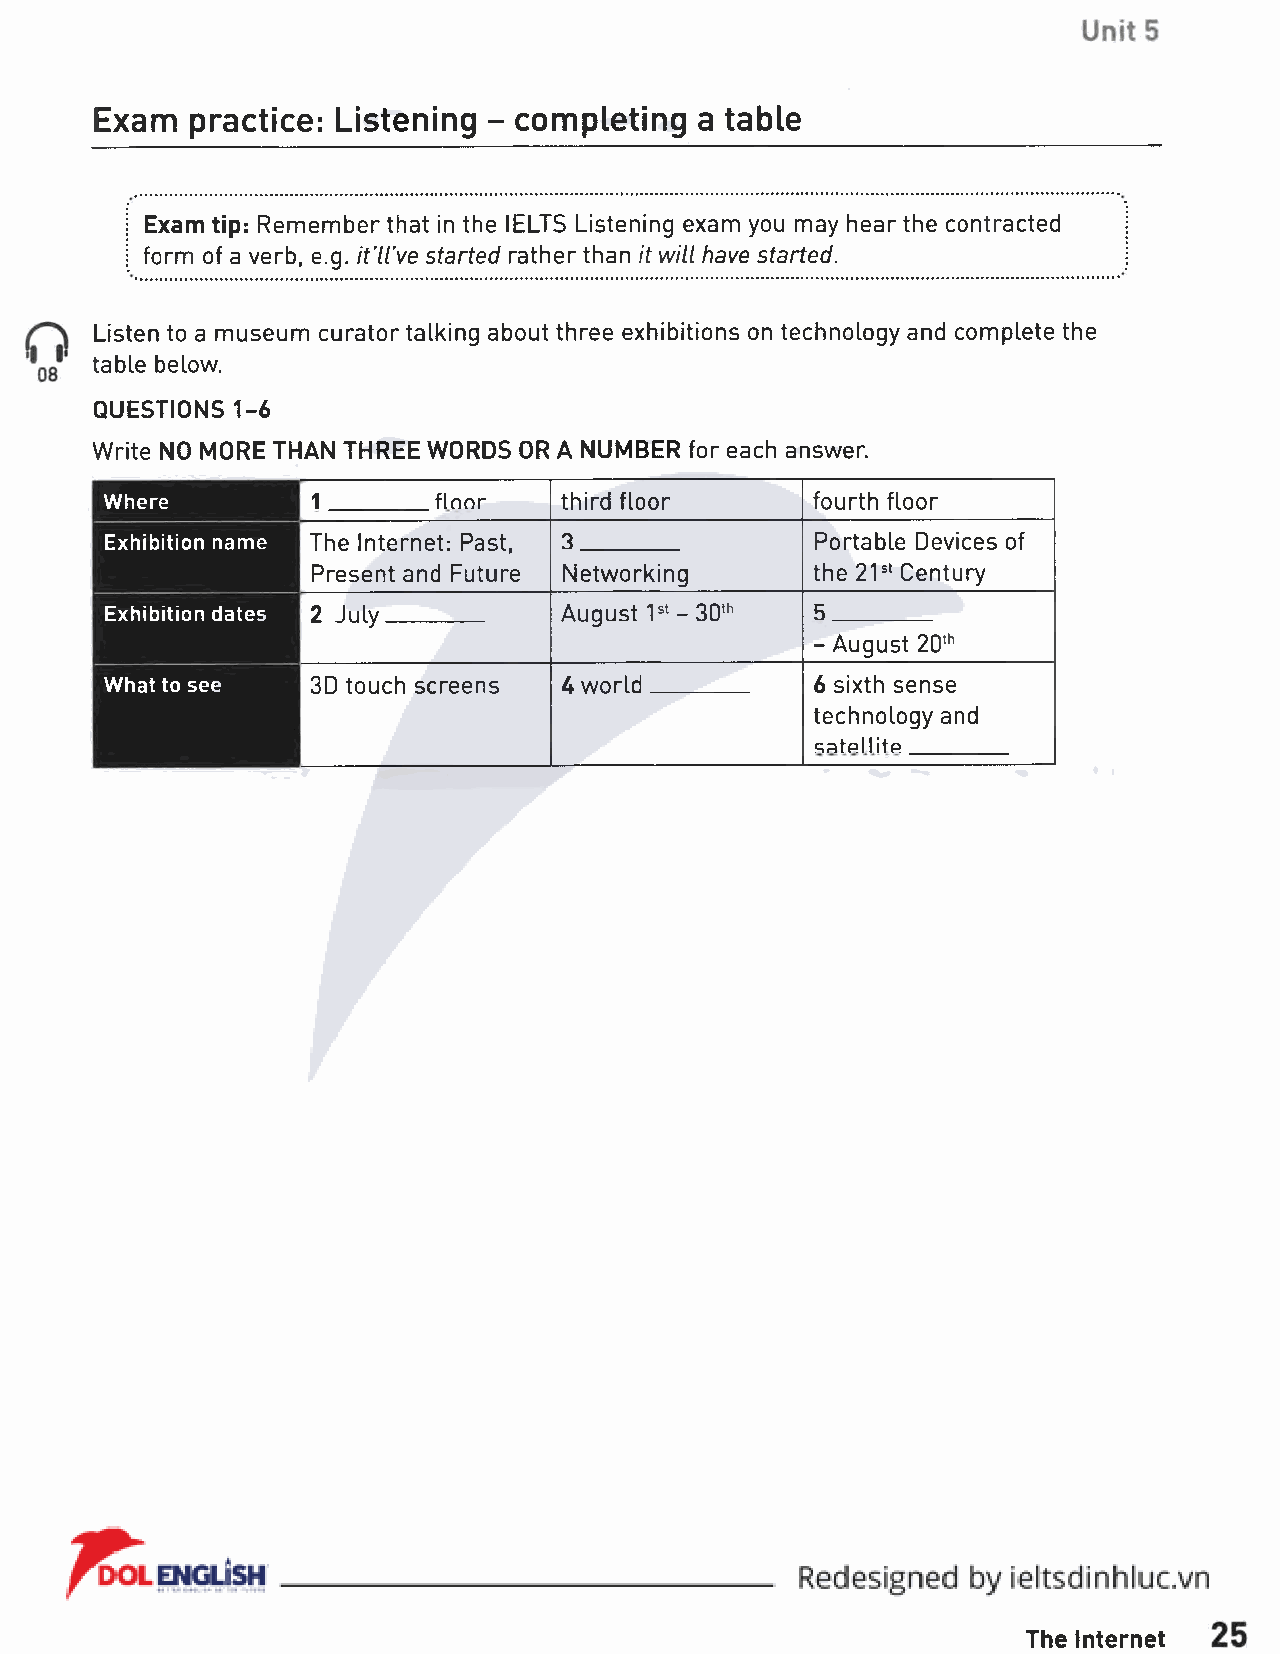
Exam   practice: Listening - completing a table
 Exam tip: Remember that in the IELTS Listening exam you may hear the contracted
 form of a verb, e.g. it'll've started rather than it will have started.
 Listen to a museum curator talking about three exhibitions on technology and complete the
 table below.
 QUESTIONS 1-6
 Write NO MORE THAN THREE WORDS OR A NUMBER for each answer.
 Where         1       flnnr   third floor      fourth floor
 Exhibition name The Internet: Past, 3          Portable Devices of
 Present and Future Networking    the 21st Century
 Exhibition dates 2 July       August 1st - 30th 5
 - August 20th
 What to see   3D touch screens U world         6 sixth sense
 technology and
 satellite
 The Internet